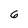
Character: 6